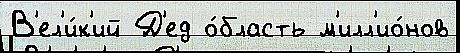
В'ел'и́к'ий Д'ед о́бласть м'илл'ио́нов